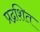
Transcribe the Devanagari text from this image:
प्रद्रशित